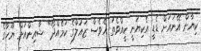
ކިޔާން އޭނައަށް ޑެޑީ އެކިޔަނީ ކީއްވެތަ އެވެސް ޒައުލްގެ ކަމެއްދޯ" ޝާއިންއަށް ޔޫހާގެ